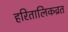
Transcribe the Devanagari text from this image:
हरितालिकव्रत